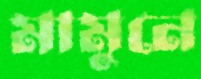
মামুনে